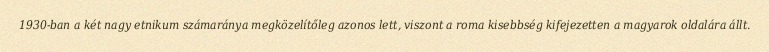
1930-ban a két nagy etnikum számaránya megközelítőleg azonos lett, viszont a roma kisebbség kifejezetten a magyarok oldalára állt.